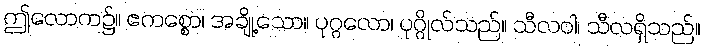
ဤလောက၌။ ဧကစ္စော၊ အချို့သော။ ပုဂ္ဂလော၊ ပုဂ္ဂိုလ်သည်။ သီလဝါ၊ သီလရှိသည်။